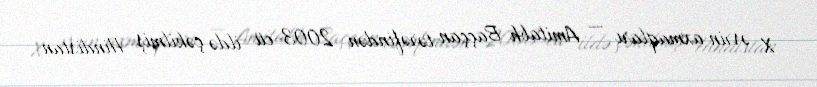
X əsrin axmaqları — Amitabh Baççan tərəfindən 2003-cü ildə çəkilmiş Hindistan